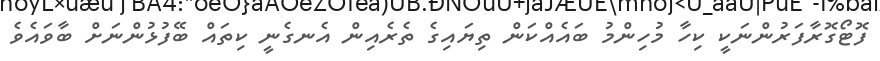
ފޮޓޯގޮރާފަރުންނަކީ ކިހާ މުހިންމު ބައެއްކަން ތިޔައިގެ ތެރެއިން އެނގެނީ ކިތައް ބޭފުޅުންނަށް ބާވައެވެ